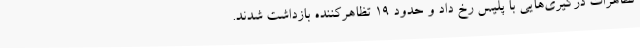
تظاهرات درگیری‌هایی با پلیس رخ داد و حدود 19 تظاهرکننده بازداشت شدند.